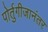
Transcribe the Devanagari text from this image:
पोर्तुगीजानंतर